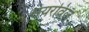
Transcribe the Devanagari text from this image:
सेयरविल